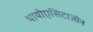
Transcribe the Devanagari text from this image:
थायोएसिटाज़ोन